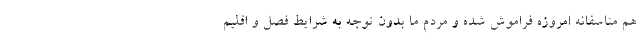
هم متاسفانه امروزه فراموش شده و مردم ما بدون توجه به شرایط فصل و اقلیم